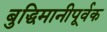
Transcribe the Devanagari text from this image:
बुद्धिमानीपूर्वक